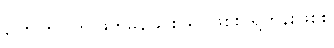
ပြောကြပါဟု ဖိတ်မန်ခြင်း၊ ရှင်ဖြစ်စ ရဟန်းဖြစ်စ